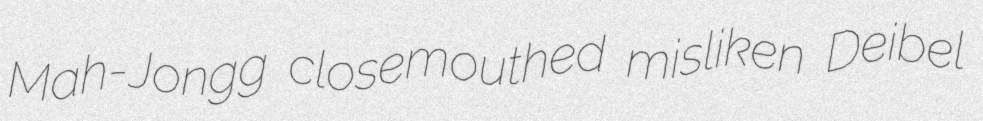
Mah-Jongg closemouthed misliken Deibel